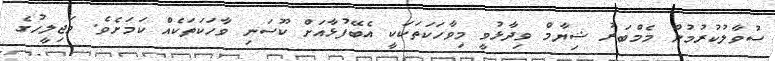
ސުވާލުކުރުމުން މެމްބަރު ޝިޔާމް ވިދާޅުވީ މިވާހަކަތަކަކީ އެބޭފުޅާއަށް ކޫސަނި ވާހަކަތަކެއް ކަމަށެވެ. މަޖިލީހުގެ